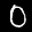
Label: 0